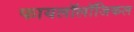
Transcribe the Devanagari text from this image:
फायलॉलॉजिकल